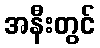
အနီးတွင်